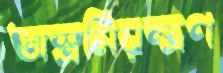
অস্ত্রনিয়ন্ত্রণ